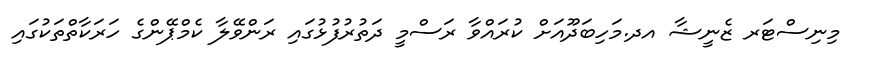
މިނިސްޓަރ ޒެނީޝާ އދ.މަހިބަދޫއަށް ކުރައްވާ ރަސްމީ ދަތުރުފުޅުގައި ރަންވޭލާ ކެމްޕޭންގެ ހަރަކާތްތަކުގައި